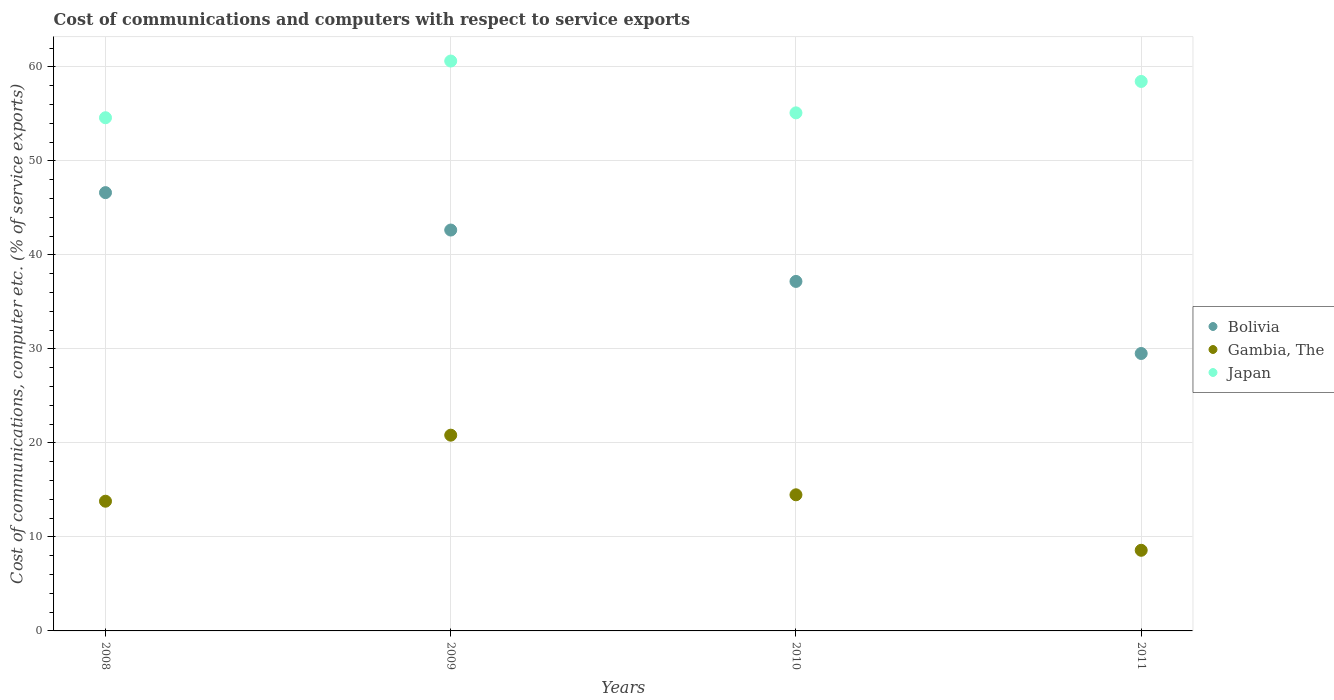
| Years | Bolivia | Gambia, The | Japan |
 | --- | --- | --- | --- |
 | 2008 | 46.6 | 13.8 | 54.6 |
 | 2009 | 42.6 | 20.8 | 60.6 |
 | 2010 | 37.2 | 14.5 | 55.1 |
 | 2011 | 29.5 | 8.58 | 58.5 |